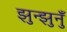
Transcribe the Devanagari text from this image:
झुन्झुनुँ